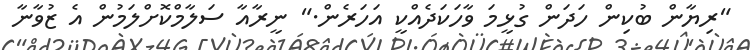
"ރިޔާން ބުކިން ހަދަން ގުޅީމަ ވާހަކަދެއްކީ އަހަރެން." ނީރާއާ ސަލާމްކޮށްލަމުން އެ ޒުވާނާ